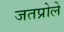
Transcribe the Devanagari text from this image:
जतप्रोले